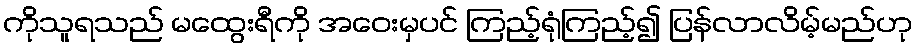
ကိုသူရသည် မထွေးရီကို အဝေးမှပင် ကြည့်ရုံကြည့်၍ ပြန်လာလိမ့်မည်ဟု